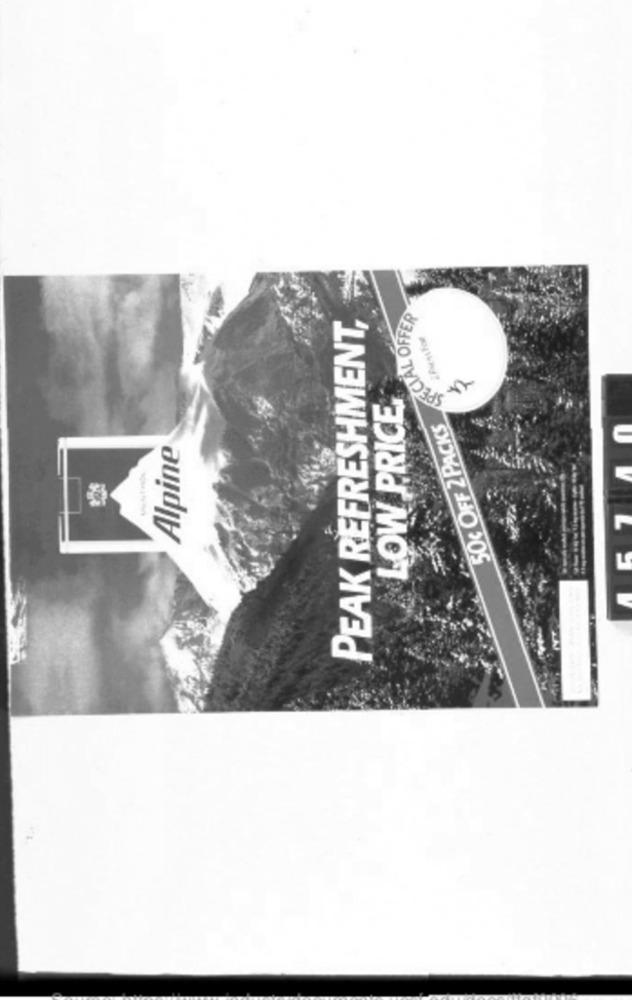
PEAK REFRESHMENT,
SPECIAL OFFER
¿PressFor
LOW PRICE
50€ OFF 2 PACKS
Alpine
5 7